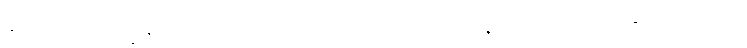
န်သော။ ဘိက္ခုနိယောစ၊ တို့သည်၎င်း။ သစေဟောန္တိ (ဧဝံ သတိ၊) ဧကဝီသတိ၊